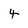
Character: 4